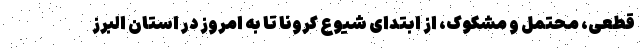
قطعی، محتمل و مشکوک، از ابتدای شیوع کرونا تا به امروز در استان البرز